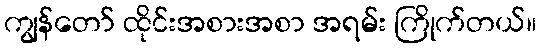
ကျွန်တော် ထိုင်းအစားအစာ အရမ်း ကြိုက်တယ်။